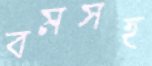
বমসহ